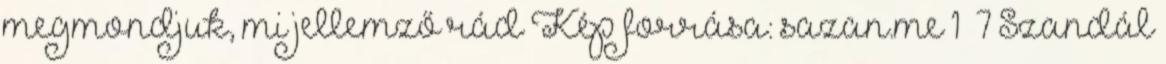
megmondjuk, mi jellemző rád Kép forrása: sazan.me 1 7 Szandál